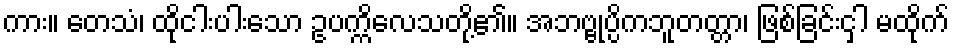
ကား။ တေသံ၊ ထိုငါးပါးသော ဥပက္ကိလေသတို့၏။ အဘဗ္ဗုပ္ပိကဘူတတ္တာ၊ ဖြစ်ခြင်းငှါ မထိုက်